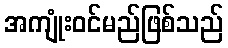
အကျုံးဝင်မည်ဖြစ်သည်